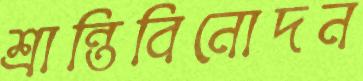
শ্রান্তিবিনোদন